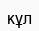
кұл